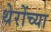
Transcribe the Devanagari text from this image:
थेरोंच्या